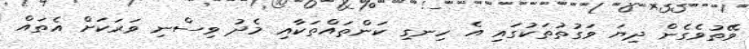
ވޭތުވެގެން ދިޔަ ވަގުތުތަކުގައި އެ ހިނގި ކަންތައްތަކާއި މެދު ވިސްނި ވަރަކަށް އެތައް